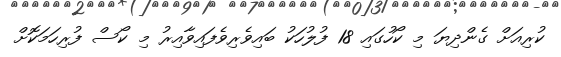
ކުރިއަށް ގެންދިޔަ މި ކޯހުގައި 18 ފުލުހަކު ބައިވެރިވެފައިވާއިރު މި ކޯސް ފުރިހަމަކޮށް